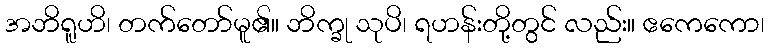
အဘိရူဟိ၊ တက်တော်မူ၏။ ဘိက္ခု သုပိ၊ ရဟန်းတို့တွင် လည်း။ ဧကေကော၊